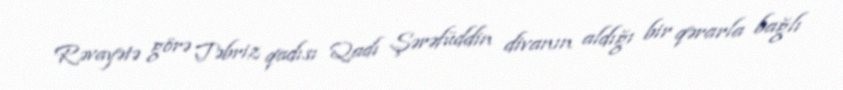
Rəvayətə görə Təbriz qadısı Qadı Şərəfüddin divanın aldığı bir qərarla bağlı